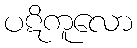
ပဋိကူလော